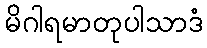
မိဂါရမာတုပါသာဒံ